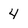
Character: 4